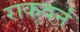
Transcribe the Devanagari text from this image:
राकवर्न